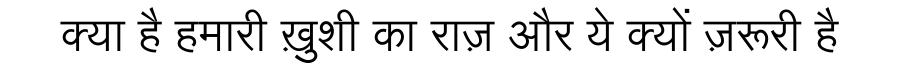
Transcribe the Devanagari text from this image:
क्या है हमारी ख़ुशी का राज़ और ये क्यों ज़रूरी है